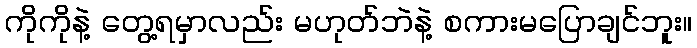
ကိုကိုနဲ့ တွေ့ရမှာလည်း မဟုတ်ဘဲနဲ့ စကားမပြောချင်ဘူး။